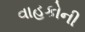
વાહકોની